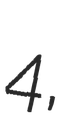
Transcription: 4,